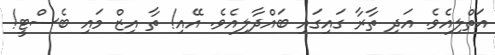
އަތްލިއެވެ. އަދި ތާރާ ގައިގައި ބައްދާލިއެވެ. އޭއި! ތާ އިޒް މައި ބެސްޓީ!